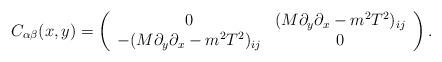
LaTeX: \begin{align*}C_{\alpha \beta}(x,y)= \left(\begin{array}{cc}0 & (M\partial_{y}\partial_{x}-m^{2}T^{2})_{ij} \\-(M\partial_{y}\partial_{x}-m^{2}T^{2})_{ij} & 0\end{array} \right).\end{align*}